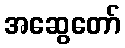
အဆွေတော်